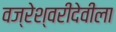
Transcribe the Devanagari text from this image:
वज्रेश्वरीदेवीला